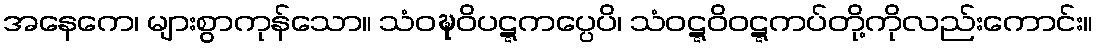
အနေကေ၊ များစွာကုန်သော။ သံဝဍ္ဎဝိပဋ္ဋကပ္ပေပိ၊ သံဝဋ္ဋဝိဝဋ္ဋကပ်တို့ကိုလည်းကောင်း။